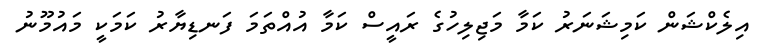
އިލެކްޝަން ކަމިޝަނަރު ކަމާ މަޖިލިހުގެ ރައީސް ކަމާ އުއްތަމަ ފަނޑިޔާރު ކަމަކީ މައުމޫނު